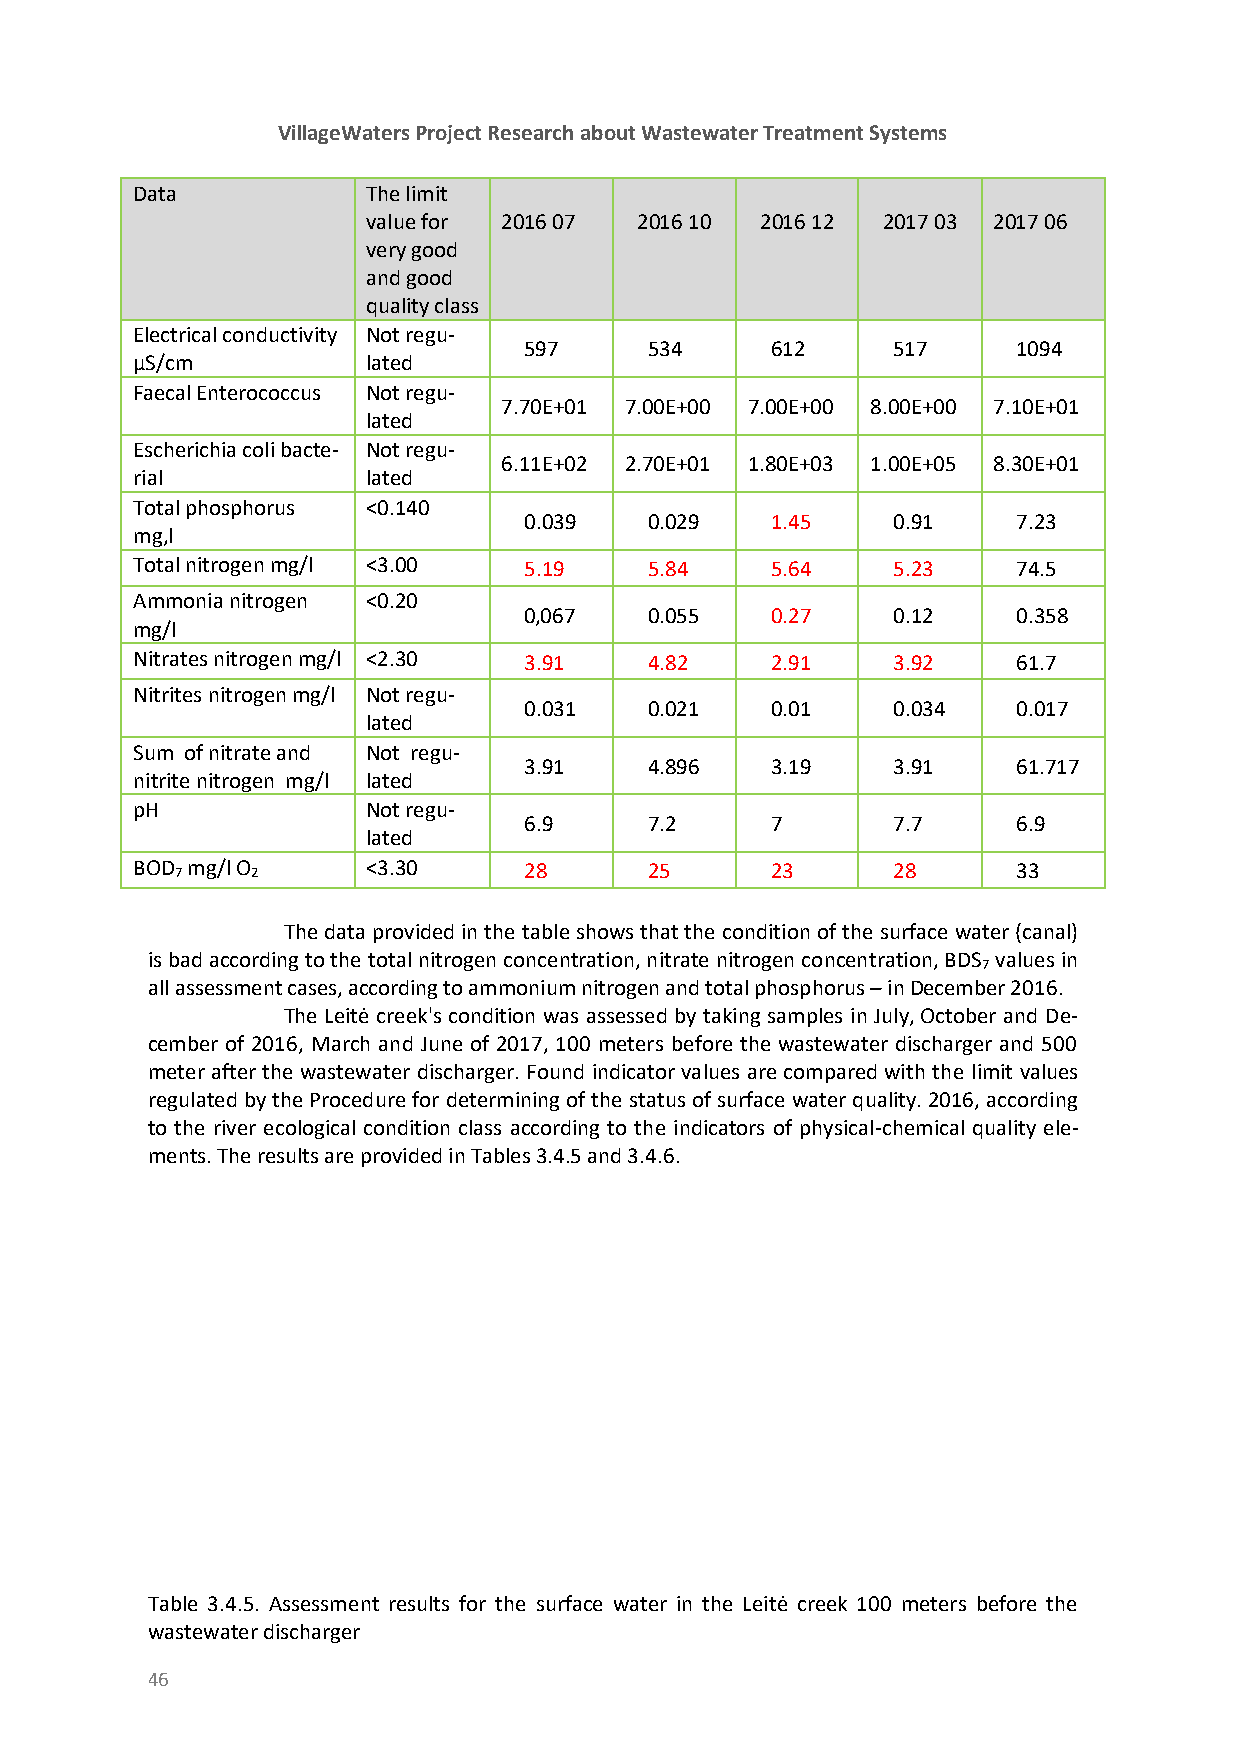
VillageWaters Project Research about Wastewater Treatment Systems
 D ata          The limit         0       2       2        2       2
 value for 2016 07 2016 10 2016 12 2017 03 2017 06
 very good
 and good
 quality class
 Electrical conductivity Not regu-
 597     534     612     517     1094
 µS/cm          lated
 Faecal Enterococcus Not regu-
 7.70E+01 7.00E+00 7.00E+00 8.00E+00 7.10E+01
 lated
 Escherichia coli bacte- Not regu-
 6.11E+02 2.70E+01 1.80E+03 1.00E+05 8.30E+01
 rial           lated
 Total phosphorus <0.140
 0.039   0.029   1.45    0.91    7.23
 mg,l
 Total nitrogen mg/l <3.00 5.19    5.84    5.64    5.23    74.5
 Ammonia nitrogen <0.20
 0,067   0.055   0.27    0.12    0.358
 mg/l
 Nitrates nitrogen mg/l <2.30 3.91 4.82    2.91    3.92    61.7
 Nitrites nitrogen mg/l Not regu-
 0.031   0.021   0.01    0.034   0.017
 lated
 Sum of nitrate and Not regu-
 3.91    4.896   3.19    3.91    61.717
 nitrite nitrogen mg/l lated
 pH             Not regu-
 6.9     7.2     7       7.7     6.9
 lated
 BOD 7 mg/l O 2 <3.30      28      25      23      28      33
 The data provided in the table shows that the condition of the surface water (canal)
 is bad according to the total nitrogen concentration, nitrate nitrogen concentration, BDS values in
 7
 all assessment cases, according to ammonium nitrogen and total phosphorus – in December 2016.
 The Leitė creek's condition was assessed by taking samples in July, October and De-
 cember of 2016, March and June of 2017, 100 meters before the wastewater discharger and 500
 meter after the wastewater discharger. Found indicator values are compared with the limit values
 regulated by the Procedure for determining of the status of surface water quality. 2016, according
 to the river ecological condition class according to the indicators of physical-chemical quality ele-
 ments. The results are provided in Tables 3.4.5 and 3.4.6.
 Table 3.4.5. Assessment results for the surface water in the Leitė creek 100 meters before the
 wastewater discharger
 46